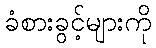
ခံစားခွင့်များကို